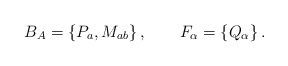
\begin{align*}B_A = \{P_{a}, M_{ab}\}\,,\qquad F_\alpha = \{Q_\alpha\}\,.\end{align*}